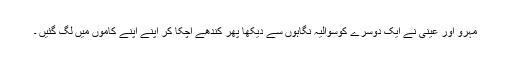
مہرو اور عینی نے ایک دوسرے کوسوالیہ نگاہوں سے دیکھا پھر کندھے اچکا کر اپنے اپنے کاموں میں لگ گئیں ۔